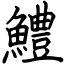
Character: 鱧